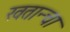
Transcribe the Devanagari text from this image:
खतान्चा